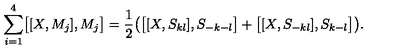
\sum _ { i = 1 } ^ { 4 } \bigl [ [ X , M _ { j } ] , M _ { j } \bigr ] = { \frac { 1 } { 2 } } \bigl ( \bigl [ [ X , S _ { k l } ] , S _ { - k - l } \bigr ] + \bigl [ [ X , S _ { - k l } ] , S _ { k - l } \bigr ] \bigr ) . \nonumber